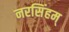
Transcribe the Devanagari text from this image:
नरसिंहम्